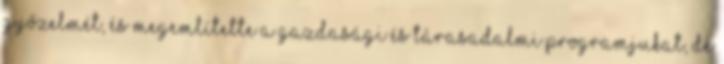
győzelmét, és megemlítette a gazdasági és tárasadalmi programjukat, de